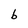
Character: b